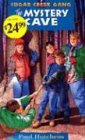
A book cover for The Mystery Cave/The Palm Tree Manhunt/One Stormy Day/The Mystery Thief/Teacher Trouble/Screams in the Night (Sugar Creek Gang 7-12); Paul Hutchens; Religion & Spirituality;